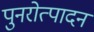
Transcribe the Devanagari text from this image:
पुनरोत्पादन